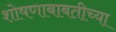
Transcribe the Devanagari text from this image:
शोषणाबाबतीच्या